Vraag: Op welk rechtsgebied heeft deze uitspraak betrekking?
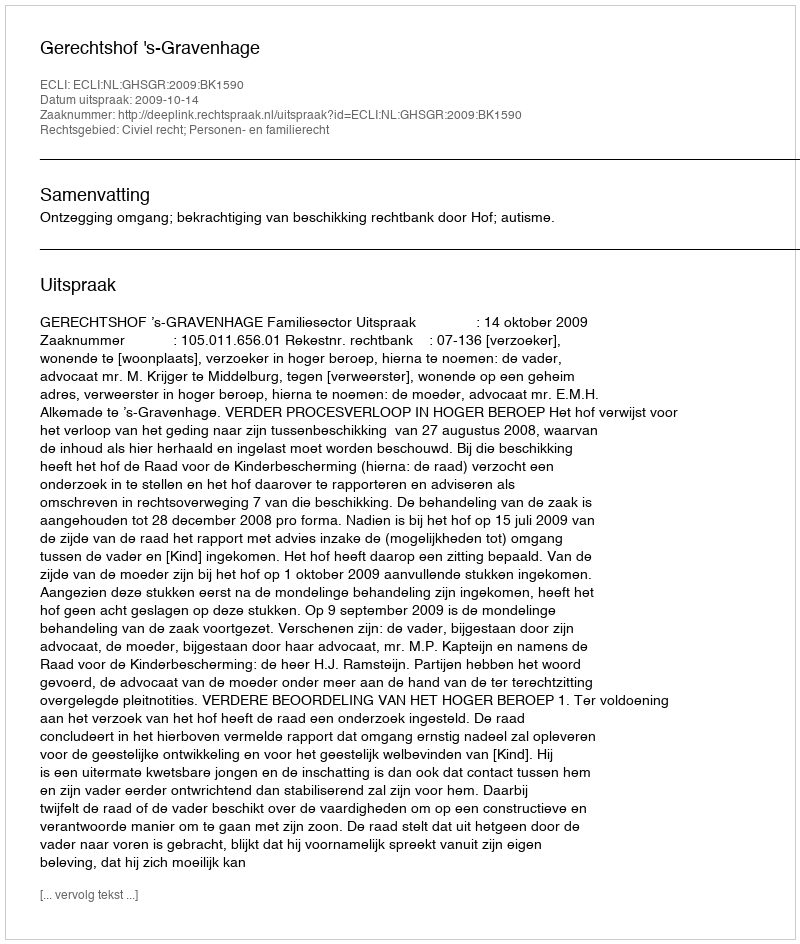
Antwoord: Civiel recht; Personen- en familierecht